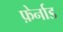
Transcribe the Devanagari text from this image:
फ़ेर्नाड